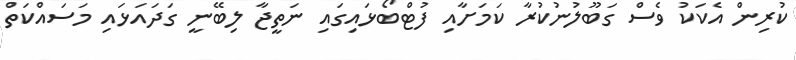
ކުރިން އެކަކު ވެސް ގަބޫލުނުކުރާ ކަމަށާއި ފުޓްބޯޅައިގައި ނަތީޖާ ލިބޭނީ ގަދައަޅައި މަސައްކަތް